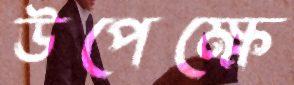
উপেক্ষে